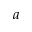
a